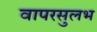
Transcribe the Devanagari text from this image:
वापरसुलभ